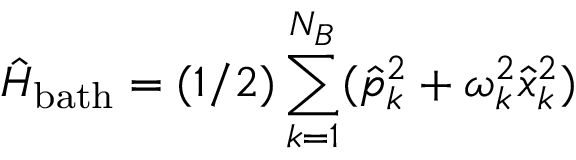
\hat { H } _ { \mathrm { b a t h } } = ( 1 / 2 ) \sum _ { k = 1 } ^ { N _ { B } } ( \hat { p } _ { k } ^ { 2 } + \omega _ { k } ^ { 2 } \hat { x } _ { k } ^ { 2 } )